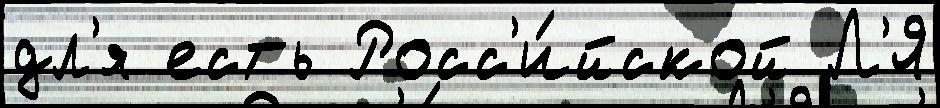
дл'я есть Росс'и́йской Л'Я